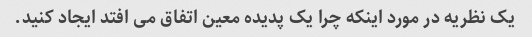
یک نظریه در مورد اینکه چرا یک پدیده معین اتفاق می افتد ایجاد کنید.